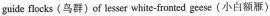
guide flocks (鸟群)ef lesser white-fronted geese (小白额雁)